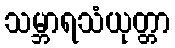
သမ္ဘာရသံယုတ္တာ